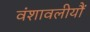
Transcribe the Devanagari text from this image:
वंशावलीयौं